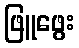
ဖြူဖွေး